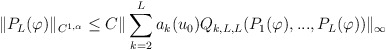
\begin{align*}\Vert P_L(\varphi)\Vert_{C^{1,\alpha}}\leq C\Vert \sum_{k=2}^La_k(u_0)Q_{k,L,L}(P_1(\varphi),...,P_L(\varphi))\Vert_\infty\end{align*}